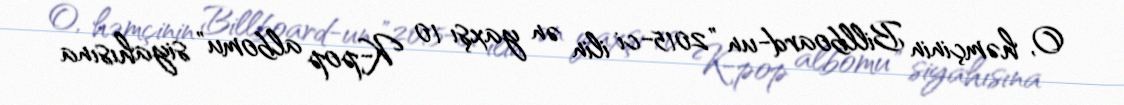
O, həmçinin Billboard-un "2015-ci ilin ən yaxşı 10 K-pop albomu" siyahısına